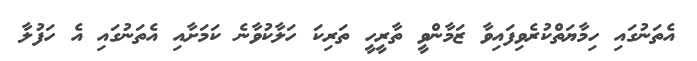
އެތަނުގައި ހިމާޔަތްކުރެވިފައިވާ ޒަމާންވީ ތާރީހީ ތަރިކަ ހަލާކުވާނެ ކަމަށާއި އެތަނުގައި އެ ހަފުލާ